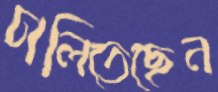
ঢালিতেছেন